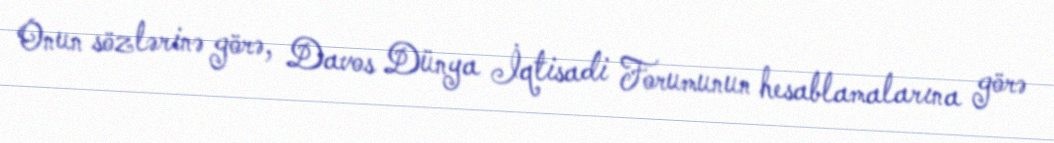
Onun sözlərinə görə, Davos Dünya İqtisadi Forumunun hesablamalarına görə